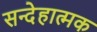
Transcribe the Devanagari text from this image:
सन्देहात्मक